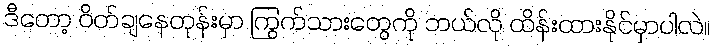
ဒီတော့ ဝိတ်ချနေတုန်းမှာ ကြွက်သားတွေကို ဘယ်လို ထိန်းထားနိုင်မှာပါလဲ။